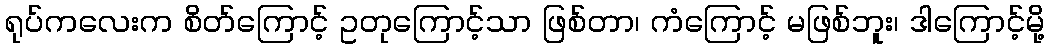
ရုပ်ကလေးက စိတ်ကြောင့် ဥတုကြောင့်သာ ဖြစ်တာ၊ ကံကြောင့် မဖြစ်ဘူး၊ ဒါကြောင့်မို့